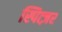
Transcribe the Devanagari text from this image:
स्पित्ज़र